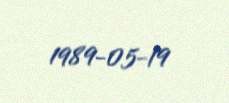
1989-05-19